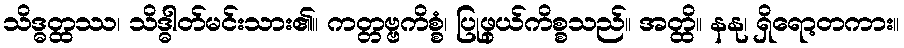
သိဒ္ဓတ္ထဿ၊ သိဒ္ဓါတ်မင်းသား၏။ ကတ္တဗ္ဗကိစ္စံ၊ ပြုဖွယ်ကိစ္စသည်။ အတ္ထိ။ နနု၊ ရှိရော့တကား။